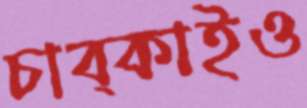
চাব্‌কাইও